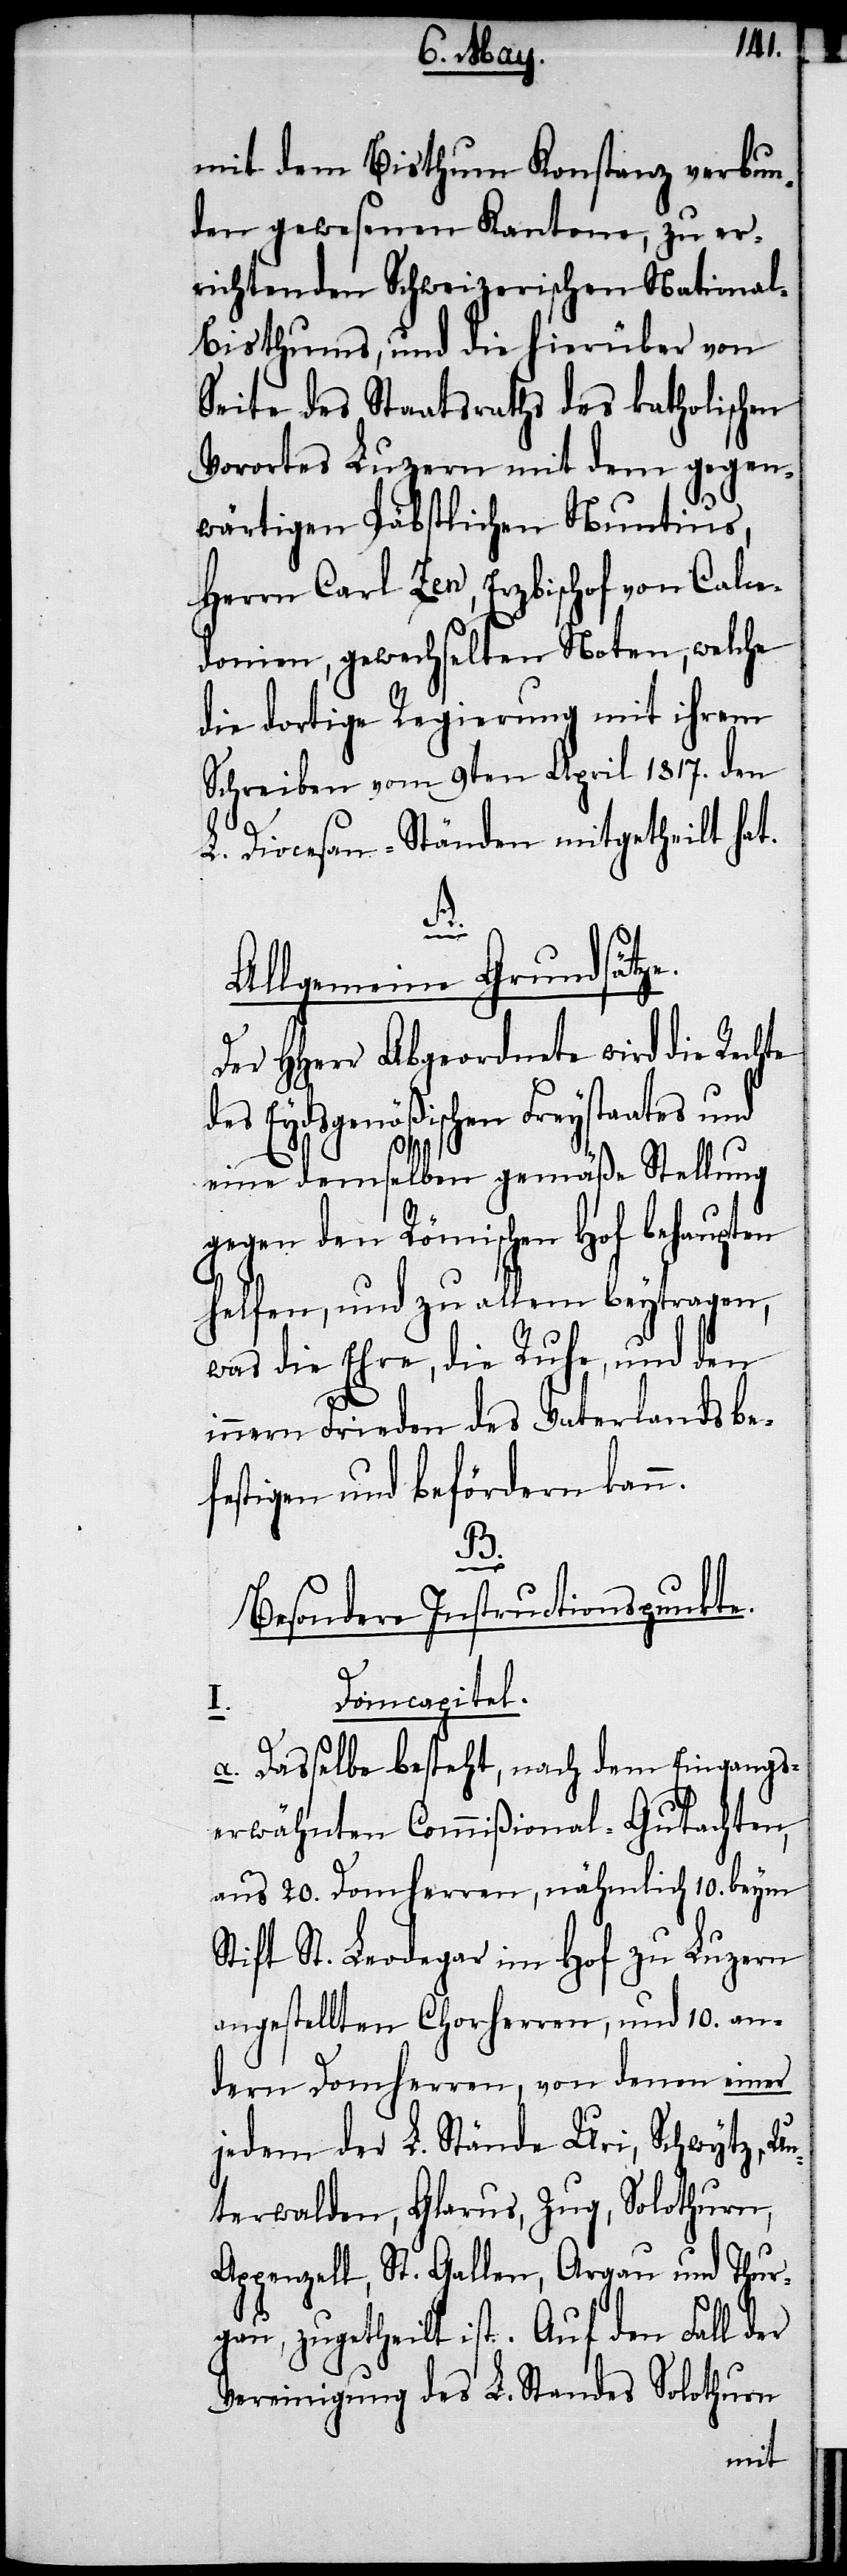
mit dem Bisthum Konstanz verbun¬
den gewesenen Kantone, zu er¬
richtenden Schweizerischen Nationa¬
l-Bisthums, und die hierüber von
Seite des Staatsraths des katholischen
Vorortes Luzern mit dem gegen¬
wärtigen Päbstlichen Nuntius,
Herrn Carl Zen, Erzbischof von Calce¬
donien, gewechselten Noten, welche
die dortige Regierung mit ihrem
Schreiben vom 9ten April 1817. den
L. Diocesan-Ständen mitgetheilt hat.
in¬
Allgemeine Grundsätze.
Der HHerr Abgeordnete wird die Rechte
des Eydsgenößischen Freystaates und
eine demselben gemäße Stellung
gegen den Römischen Hof behaupten
helfen, und zu allem beytragen,
was die Ehre, die Ruhe, und den
nern Frieden des Vaterlandes be¬
festigen und befördern kann.
B.
Besondere Instructionspunkte.
Domcapital.
I.
a.) Dasselbe besteht, nach dem Eingangs
erwähnten Commißional-Gutachten,
aus 20. Domherren, nähmlich 10. beym
Stift St. Leodegar im Hof zu Luzern
angestellten Chorherren, und 10. an¬
dern Domherren, von denen einer
jedem der L. Stände Uri, Schwytz, Un¬
terwalten, Glarus, Zug, Solothurn,
Appenzell, St. Gallen, Argau und Thur¬
gau, zugetheilt ist. Auf den Fall der
Vereinigung des L. Standes Solothurn